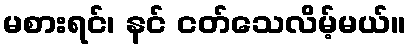
မစားရင်၊ နင် ငတ်သေလိမ့်မယ်။